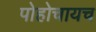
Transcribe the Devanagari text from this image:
पोहोचायच